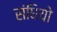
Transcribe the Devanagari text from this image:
संधियो